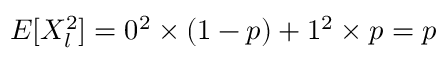
E [ X _ { l } ^ { 2 } ] = 0 ^ { 2 } \times ( 1 - p ) + 1 ^ { 2 } \times p = p